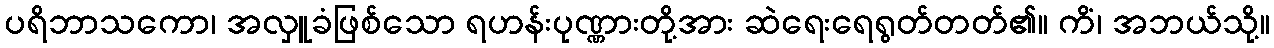
ပရိဘာသကော၊ အလှူခံဖြစ်သော ရဟန်းပုဏ္ဏားတို့အား ဆဲရေးရေရွတ်တတ်၏။ ကိံ၊ အဘယ်သို့။